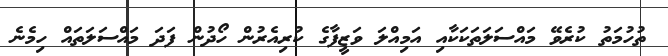
ތުހުމަތު ކުރެވޭ މައްސަލަތަކަކާއި އަމިއްލަ ވަޒީފާގެ ކުރިއެރުން ހޯދުން ފަދަ މައްސަލަތައް ހިމެނެ